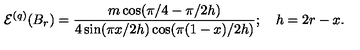
\mathcal { E } ^ { ( q ) } ( B _ { r } ) = \frac { m \cos ( \pi / 4 - \pi / 2 h ) } { 4 \sin ( \pi x / 2 h ) \cos ( \pi ( 1 - x ) / 2 h ) } ; \quad h = 2 r - x .